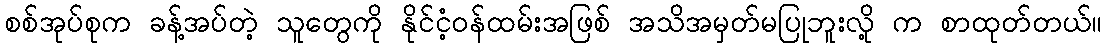
စစ်အုပ်စုက ခန့်အပ်တဲ့ သူတွေကို နိုင်ငံ့ဝန်ထမ်းအဖြစ် အသိအမှတ်မပြုဘူးလို့ က စာထုတ်တယ်။